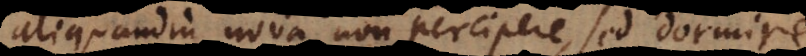
aliquandiu nova non percipere, sed dormire,